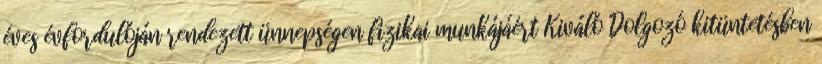
éves évfordulóján rendezett ünnepségen fizikai munkájáért Kiváló Dolgozó kitüntetésben